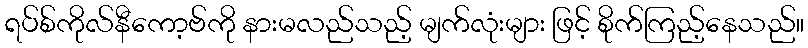
ရပ်စ်ကိုလ်နီကော့ဗ်ကို နားမလည်သည့် မျက်လုံးများ ဖြင့် စိုက်ကြည့်နေသည်။